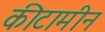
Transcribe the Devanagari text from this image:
कीटामीन